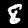
Digit: 8